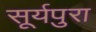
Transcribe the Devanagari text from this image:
सूर्यपुरा